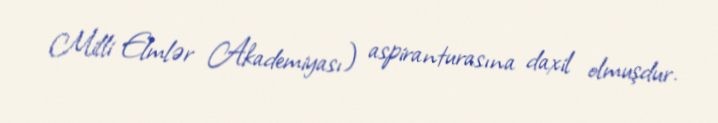
Milli Elmlər Akademiyası) aspiranturasına daxil olmuşdur.